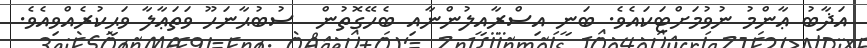
އަޛާބު ޢާންމު ނުވުމަށްޓަކައެވެ. ބަނީ އިސްރާއީލުންނާއި ބެހޭގޮތުން  ސުބުޙާނަހޫ ވަތަޢާލާ ވަޙީކުރެއްވިއެވެ.